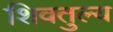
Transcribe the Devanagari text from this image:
शिवतुल्य